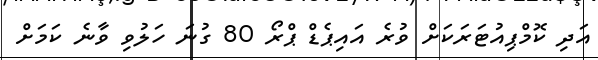
އަދި ކޮމްޕިއުޓަރަކަށް ވުރެ އައިޕެޑް ޕްރޯ 80 ގުނަ ހަލުވި ވާނެ ކަމަށް